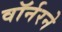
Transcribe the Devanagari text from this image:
वॉर्नरने